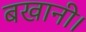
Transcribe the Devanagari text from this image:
बखानी।